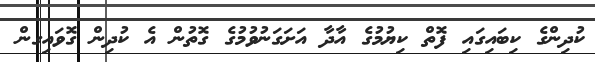
ކުދިންގެ ކިބައިގައި ފޮތް ކިޔުމުގެ އާދާ އަށަގަނުވުމުގެ ގޮތުން އެ ކުދިން ގޮވައިގން